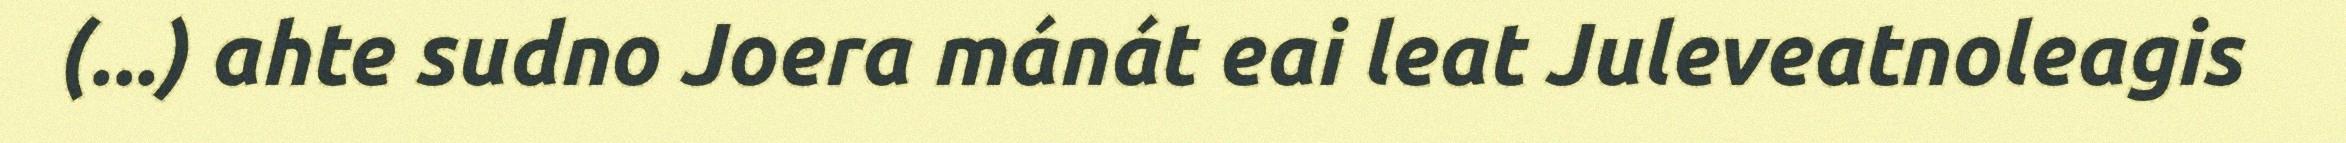
(...) ahte sudno Joera mánát eai leat Juleveatnoleagis